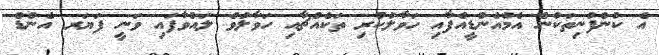
އެ ކުންފުނިތަކުން އެމްއެންޑީއެފާއި ހަވާލުކުރި ތަކެއްޗާއި ހަވާލުވެ ލައްވާފައި ވަނީ ފަޔަރ އެންޑް